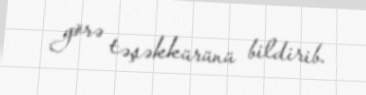
görə təşəkkürünü bildirib.